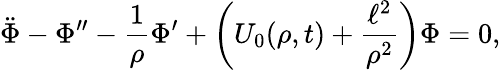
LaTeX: \ddot{\Phi}-\Phi^{\prime\prime}-\frac{1}{\rho}\Phi^{\prime}+\left(U_{0}(\rho,t)+\frac{\ell^{2}}{\rho^{2}}\right)\Phi=0,